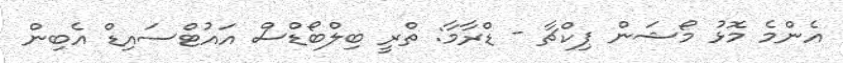
އެންމެ މޮޅު މޯޝަން ޕިކްޗާ - ޑްރާމާ: ތްރީ ބިލްބޯޑްސް އައުޓްސައިޑް އެބިން